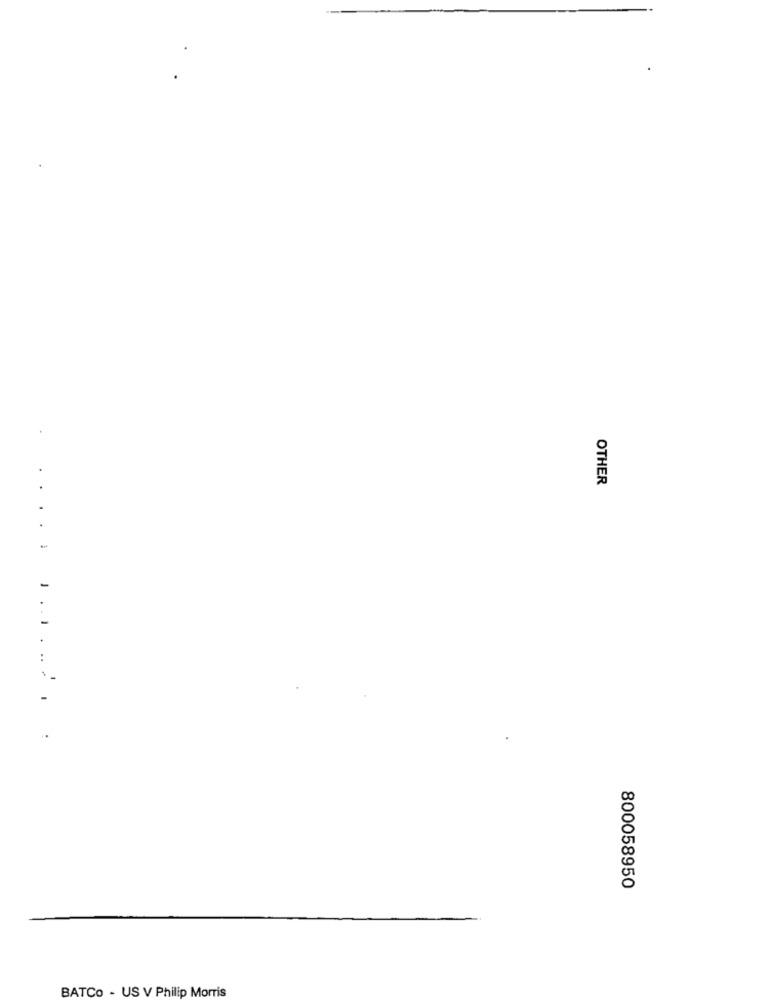
OTHER
.....
-
800058950
BATCo - US V Philip Morris